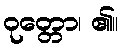
ဝုတ္တော၊ ၏။